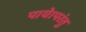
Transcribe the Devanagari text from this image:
पाये।परंतु